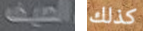
الصيف كذلك